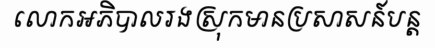
លោកអភិបាលរងស្រុកមានប្រសាសន៍បន្ត